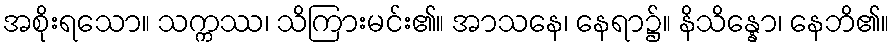
အစိုးရသော။ သက္ကဿ၊ သိကြားမင်း၏။ အာသနေ၊ နေရာ၌။ နိသိန္နော၊ နေဘိ၏။